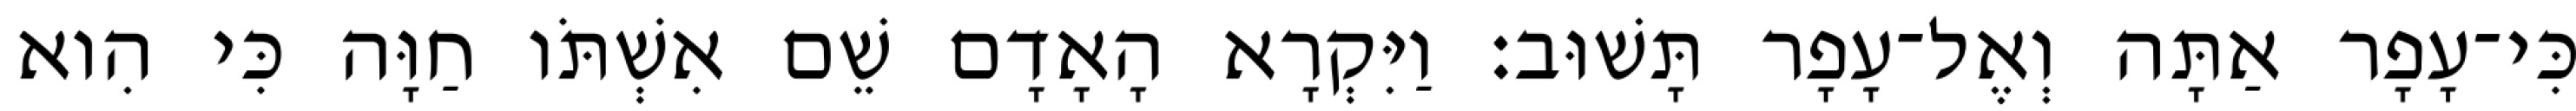
כִּי־עָפָר אַתָּה וְאֶל־עָפָר תָּשׁוּב׃ וַיִּקְרָא הָאָדָם שֵׁם אִשְׁתֹּו חַוָּה כִּי הִוא